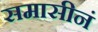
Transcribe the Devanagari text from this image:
समासीनं